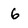
Character: 6